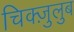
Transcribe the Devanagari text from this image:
चिक्ज़ुलुब